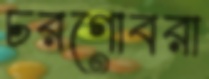
চরগোবরা